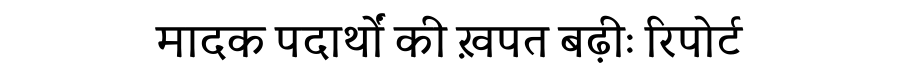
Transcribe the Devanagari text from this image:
मादक पदार्थों की ख़पत बढ़ीः रिपोर्ट